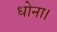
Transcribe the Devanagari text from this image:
धोना।